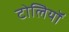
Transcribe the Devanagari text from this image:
टोलियॉ